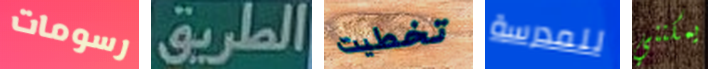
رسومات الطريق تخطيت للمدرسة يمكنني